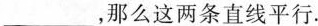
___，那么这两条直线平行.